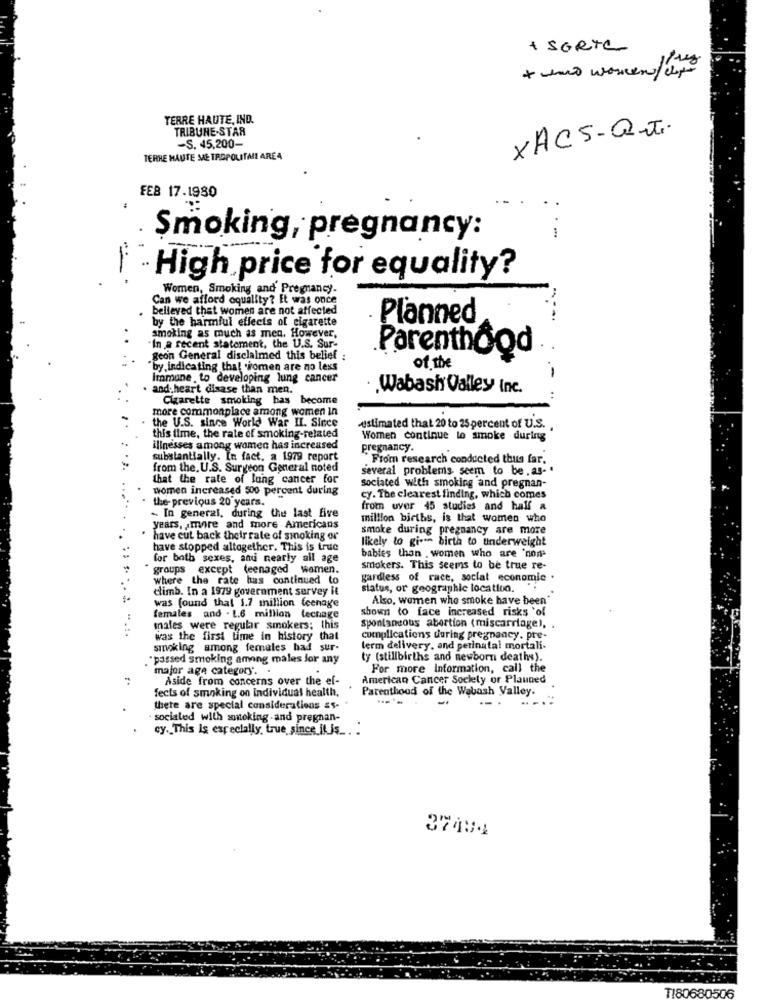
+ SORTE
TERRE HAUTE, IND.
TRIBUNE-STAR
XACS-Q-IT.
-S. 45,200-
TERRE HAUTE METROPOLITAIL ARE4
FEB 17.1980
Smoking, pregnancy:
High price for equality?
Women, Smoking and Pregnancy.
Can we afford oquality? Et was once
believed that women are not affected
by the harmful effects of cigarette
Planned
smoking as much as men. However,
'In a recent statement, the U.S. Sur-
geon General disclaimed this belief :
.ParenthoQd
"by indicating that women are no less
of the
Immune to developing lung cancer
and heart disase than men.
.Wabash Valley Inc.
Cigarette smoking has become
more commonplace among women in
the U.S. since World War II. Since
estimated that 20 to 25 percent of U.S.
this time, the rate of smoking-related
Women continue to smoke during
illnesses among women has increased
pregnancy.
substantially. In fact, a 1979 report
"From research conducted thus far.
from the. U.S. Surgeon General noted
several problems seem to be . as- .
that the rate of lung cancer for
sociated with smoking and pregnan-
women increased 500 percent during
the- previous 20 years.
cy. The clearest finding, which comes
from uver 45 studies and half a
-. In general, during the last five
million births, is that women who
years, amore and more Americans
smoke during pregnancy are more
have cut back theirrate of smoking or
likely to give birth to underweight
have stopped altogether. This is true
for both sexes, and nearly all age
babies than . women who are "non
groups except (eenaged women.
smokers. This seems to be true re-
where the rate has continued to
gardless of race, social economic .
climb. In a 1979 government survey it
status, or geographic location.
Also, women who smoke have been"
was found that 1.7 million teenage
shown to face increased risks 'of
females and . 1.6 million techage
males were regular smokers; this
Spontaneous abortion (miscarriage), .
was the first time in history that
complications during pregnancy. pre-
smoking among females had sur-
lerm delivery, and perinatal mortali.
"passed smoking among males Jor any
ty (stillbirths and newborn deaths).
major age category ..
For more Information, call the
Aside from concerns over the ef-
American Cancer Society or Planned
fects of smoking on Individual health,
Parenthood of the Wabash Valley.
there are special considerations as-
socialed with smoking -and pregnan-
cy. This Is especially true since it is_
37404
TI80680506